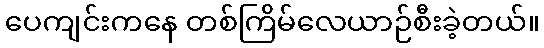
ပေကျင်းကနေ တစ်ကြိမ်လေယာဉ်စီးခဲ့တယ်။